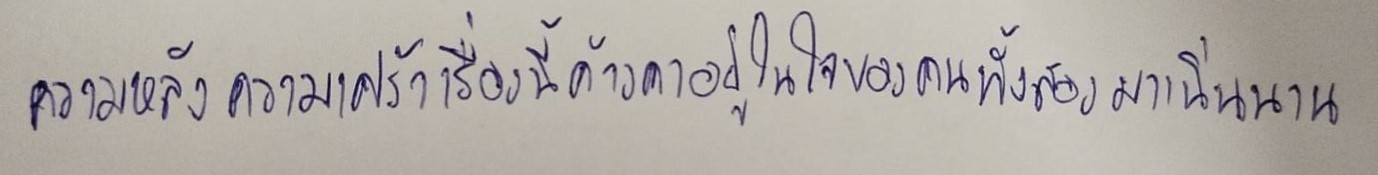
ความหลังความเศร้าเรื่องนี้ค้างคาอยู่ในใจของคนทั้งสองมาเนิ่นนาน